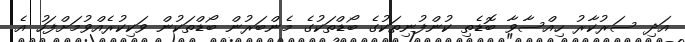
އަދި ސަރުކާރު ހިއްސާވާ ބޮޑެތި ކުންފުނިތަކުގެ ބޯޑްތަކުގެ މެންބަރުން ބޯޑްތަކުން ވަކިކުރެއްވުމަށްފަހު އެ